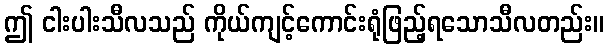
ဤ ငါးပါးသီလသည် ကိုယ်ကျင့်ကောင်းရုံဖြည့်ရသောသီလတည်း။